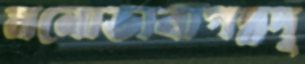
মনোভাবাপন্নদূ